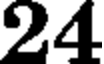
24